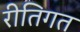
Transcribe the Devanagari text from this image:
रीतिगत